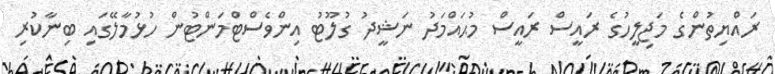
ރައްޔިތުންގެ މަޖިލީހުގެ ރައީސް ރައީސް މުޙައްމަދު ނަޝީދު ގުލޫޓު އިންވެސްޓްމަންޓުން ހުޅުމާލޭގައި ބިނާކުރި